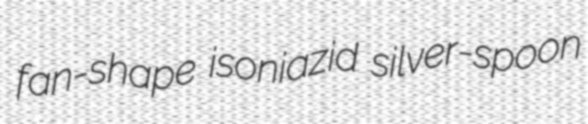
fan-shape isoniazid silver-spoon